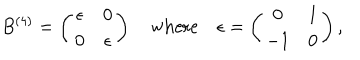
LaTeX: B ^ { ( 4 ) } = \left( \begin{array} { c c } { { \epsilon } } & { { 0 } } \\ { { 0 } } & { { \epsilon } } \\ \end{array} \right) \quad \mathrm { w h e r e } \quad \epsilon = \left( \begin{array} { c c } { { 0 } } & { { 1 } } \\ { { - 1 } } & { { 0 } } \\ \end{array} \right) ,